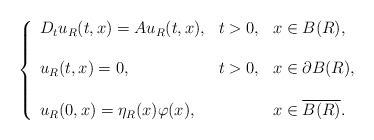
\begin{align*}\left\{\begin{array}{lll}D_tu_R(t,x)=Au_R(t,x), & t>0, & x\in B(R), \\\\u_R(t,x)=0, & t>0, & x\in\partial B(R), \\\\u_R(0,x)=\eta_R(x)\varphi(x), & & x\in \overline{B(R)}.\end{array}\right.\end{align*}